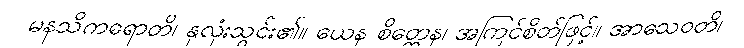
မနသိကရောတိ၊ နှလုံးသွင်း၏။ ယေန စိတ္တေန၊ အကြင်စိတ်ဖြင့်။ အာသေဝတိ၊